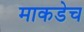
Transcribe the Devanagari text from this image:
माकडेच